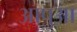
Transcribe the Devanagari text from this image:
आपुआ